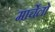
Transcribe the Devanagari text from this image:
मार्चेलो